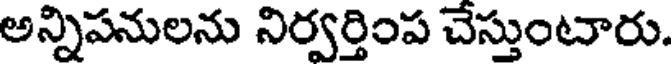
అన్నిపనులను నిర్వర్తింప చేస్తుంటారు.